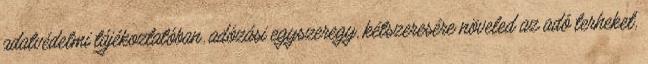
adatvédelmi tájékoztatóban. adózási egyszeregy, kétszeresére növeled az adó terheket,